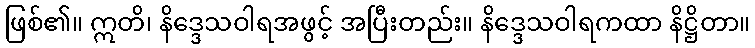
ဖြစ်၏။ ဣတိ၊ နိဒ္ဒေသဝါရအဖွင့် အပြီးတည်း။ နိဒ္ဒေသဝါရကထာ နိဋ္ဌိတာ။